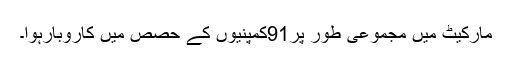
مارکیٹ میں مجموعی طور پر91کمپنیوں کے حصص میں کاروبارہوا۔